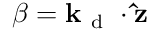
\beta = \mathbf { k } _ { \mathrm { ~ d ~ } } \cdot \mathbf { \hat { z } }